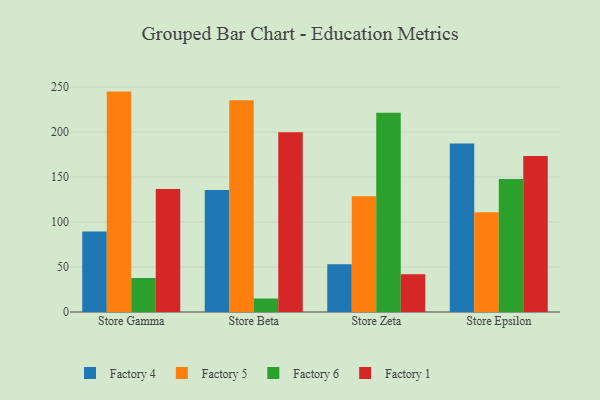
{"axis": {"x": "Store", "y": "Bounce Rate (%)"}, "legend": ["Factory 1", "Factory 4", "Factory 5", "Factory 6"], "data": [{"x": "Store Gamma", "y": 89.6, "type": "Factory 4"}, {"x": "Store Gamma", "y": 245.0, "type": "Factory 5"}, {"x": "Store Gamma", "y": 37.8, "type": "Factory 6"}, {"x": "Store Gamma", "y": 136.7, "type": "Factory 1"}, {"x": "Store Beta", "y": 135.7, "type": "Factory 4"}, {"x": "Store Beta", "y": 235.5, "type": "Factory 5"}, {"x": "Store Beta", "y": 15.0, "type": "Factory 6"}, {"x": "Store Beta", "y": 199.8, "type": "Factory 1"}, {"x": "Store Zeta", "y": 53.0, "type": "Factory 4"}, {"x": "Store Zeta", "y": 128.8, "type": "Factory 5"}, {"x": "Store Zeta", "y": 221.5, "type": "Factory 6"}, {"x": "Store Zeta", "y": 41.9, "type": "Factory 1"}, {"x": "Store Epsilon", "y": 187.2, "type": "Factory 4"}, {"x": "Store Epsilon", "y": 110.8, "type": "Factory 5"}, {"x": "Store Epsilon", "y": 147.8, "type": "Factory 6"}, {"x": "Store Epsilon", "y": 173.4, "type": "Factory 1"}]}